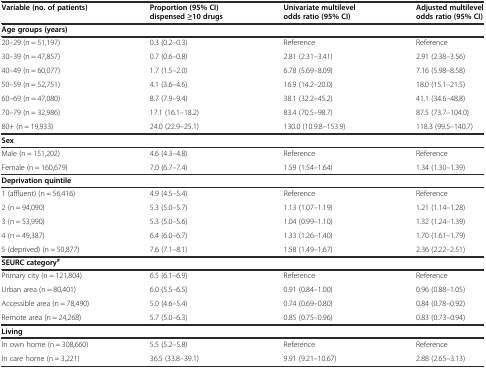
<table><thead><tr><td><b>Variable (no. of patients)</b></td><td><b>Proportion (95% CI) dispensed ≥10 drugs</b></td><td><b>Univariate multilevel odds ratio (95% CI)</b></td><td><b>Adjusted multilevel odds ratio (95% CI)</b></td></tr></thead><tbody><tr><td><b>Age groups (years)</b></td><td></td><td></td><td></td></tr><tr><td>20–29 (n = 51,197)</td><td>0.3 (0.2–0.3)</td><td>Reference</td><td>Reference</td></tr><tr><td>30–39 (n = 47,857)</td><td>0.7 (0.6–0.8)</td><td>2.81 (2.31–3.41)</td><td>2.91 (2.38–3.56)</td></tr><tr><td>40–49 (n = 60,077)</td><td>1.7 (1.5–2.0)</td><td>6.78 (5.69–8.09)</td><td>7.16 (5.98–8.58)</td></tr><tr><td>50–59 (n = 52,751)</td><td>4.1 (3.6–4.6)</td><td>16.9 (14.2–20.0)</td><td>18.0 (15.1–21.5)</td></tr><tr><td>60–69 (n = 47,080)</td><td>8.7 (7.9–9.4)</td><td>38.1 (32.2–45.2)</td><td>41.1 (34.6–48.8)</td></tr><tr><td>70–79 (n = 32,986)</td><td>17.1 (16.1–18.2)</td><td>83.4 (70.5–98.7)</td><td>87.5 (73.7–104.0)</td></tr><tr><td>80+ (n = 19,933)</td><td>24.0 (22.9–25.1)</td><td>130.0 (10.9.8–153.9)</td><td>118.3 (99.5–140.7)</td></tr><tr><td><b>Sex</b></td><td></td><td></td><td></td></tr><tr><td>Male (n = 151,202)</td><td>4.6 (4.3–4.8)</td><td>Reference</td><td>Reference</td></tr><tr><td>Female (n = 160,679)</td><td>7.0 (6.7–7.4)</td><td>1.59 (1.54–1.64)</td><td>1.34 (1.30–1.39)</td></tr><tr><td><b>Deprivation quintile</b></td><td></td><td></td><td></td></tr><tr><td>1 (affluent) (n = 56,416)</td><td>4.9 (4.5–5.4)</td><td>Reference</td><td>Reference</td></tr><tr><td>2 (n = 94,090)</td><td>5.3 (5.0–5.7)</td><td>1.13 (1.07–1.19)</td><td>1.21 (1.14–1.28)</td></tr><tr><td>3 (n = 53,990)</td><td>5.3 (5.0–5.6)</td><td>1.04 (0.99–1.10)</td><td>1.32 (1.24–1.39)</td></tr><tr><td>4 (n = 49,387)</td><td>6.4 (6.0–6.7)</td><td>1.33 (1.26–1.40)</td><td>1.70 (1.61–1.79)</td></tr><tr><td>5 (deprived) (n = 50,877)</td><td>7.6 (7.1–8.1)</td><td>1.58 (1.49–1.67)</td><td>2.36 (2.22–2.51)</td></tr><tr><td><b>SEURC category</b><sup><b>#</b></sup></td><td></td><td></td><td></td></tr><tr><td>Primary city (n = 121,804)</td><td>6.5 (6.1–6.9)</td><td>Reference</td><td>Reference</td></tr><tr><td>Urban area (n = 80,401)</td><td>6.0 (5.5–6.5)</td><td>0.91 (0.84–1.00)</td><td>0.96 (0.88–1.05)</td></tr><tr><td>Accessible area (n = 78,490)</td><td>5.0 (4.6–5.4)</td><td>0.74 (0.69–0.80)</td><td>0.84 (0.78–0.92)</td></tr><tr><td>Remote area (n = 24,268)</td><td>5.7 (5.0–6.3)</td><td>0.85 (0.75–0.96)</td><td>0.83 (0.73–0.94)</td></tr><tr><td><b>Living</b></td><td></td><td></td><td></td></tr><tr><td>In own home (n = 308,660)</td><td>5.5 (5.2–5.8)</td><td>Reference</td><td>Reference</td></tr><tr><td>In care home (n = 3,221)</td><td>36.5 (33.8–39.1)</td><td>9.91 (9.21–10.67)</td><td>2.88 (2.65–3.13)</td></tr></tbody></table>